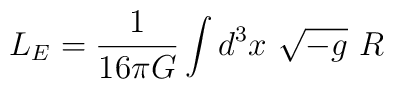
L_E=\frac1{16\pi G}\int d^3x \ \sqrt{-g}\ R